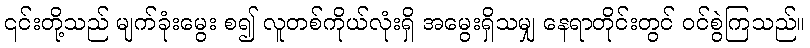
၎င်းတို့သည် မျက်ခုံးမွေး စ၍ လူတစ်ကိုယ်လုံးရှိ အမွေးရှိသမျှ နေရာတိုင်းတွင် ဝင်စွဲကြသည်။